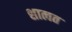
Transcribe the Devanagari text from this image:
शात्वत